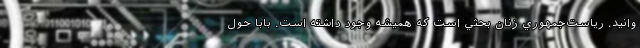
وانید. رياست‌‌جمهوري زنان بحثي است که هميشه وجود داشته است. بابا حول